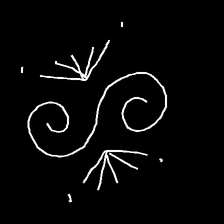
Glyph: aeroform